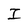
Character: I